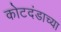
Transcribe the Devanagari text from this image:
कोटदंडाच्या